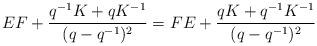
LaTeX: \begin{gather*}EF + \frac{q^{-1} K+q K^{-1}}{(q-q^{-1})^2}=FE + \frac{q K+q^{-1} K^{-1}}{(q-q^{-1})^2}\end{gather*}